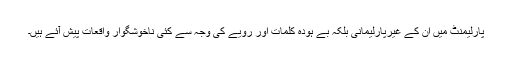
پارلیمنٹ میں ان کے غیرپارلیمانی بلکہ بے ہودہ کلمات اور رویے کی وجہ سے کئی ناخوشگوار واقعات پیش آئے ہیں۔